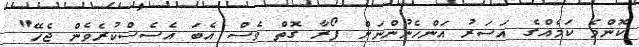
ކޮންމެ ކަމެއްގެ އަސަރު އަންހެނުންނަށް ފޯރާ ގޮތް ވެސް އެބަ އެސެސްކުރެވެން ޖެހޭ"